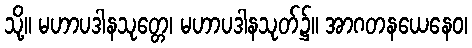
သို့။ မဟာပဒါနသုတ္တေ၊ မဟာပဒါနသုတ်၌။ အာဂတနယေနေဝ၊